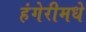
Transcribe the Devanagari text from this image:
हंगेरीमधे